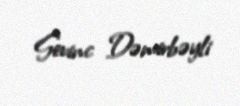
Sevinc Dəmirbəyli